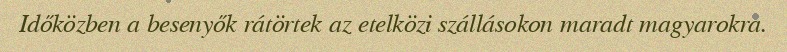
Időközben a besenyők rátörtek az etelközi szállásokon maradt magyarokra.